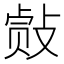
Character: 𰕐